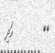
٥٢         އަދި